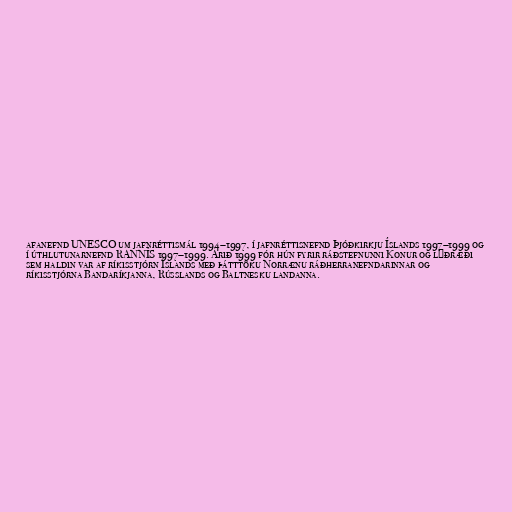
afanefnd UNESCO um jafnréttismál 1994–1997, í jafnréttisnefnd Þjóðkirkju Íslands 1997–1999 og
í úthlutunarnefnd RANNÍS 1997–1999. Árið 1999 fór hún fyrir ráðstefnunni Konur og lýðræði
sem haldin var af ríkisstjórn Íslands með þátttöku Norrænu ráðherranefndarinnar og
ríkisstjórna Bandaríkjanna, Rússlands og Baltnesku landanna.